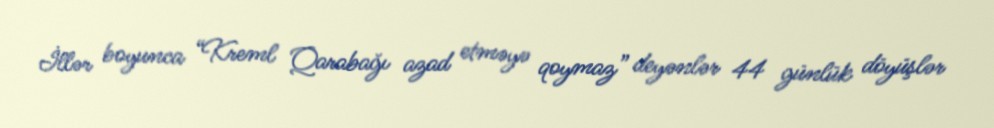
İllər boyunca “Kreml Qarabağı azad etməyə qoymaz” deyənlər 44 günlük döyüşlər